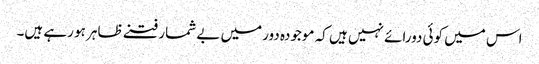
اس میں کوئی دورائے نہیں ہیں کہ موجودہ دورمیں بے شمار فتنے ظاہر ہو رہے ہیں۔